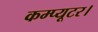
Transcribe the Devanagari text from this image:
कम्प्यूटर।